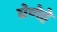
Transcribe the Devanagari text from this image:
घेणेहे